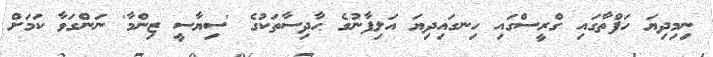
ނިމިދިޔަ ހަފްތާގައި ގްރީސްގައި ހިނގައިދިޔަ އަލިފާނުގެ ޙާދިސާތަކުގެ 'ސިޔާސީ ޒިންމާ' ނަންގަވާ ކަމަށް